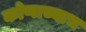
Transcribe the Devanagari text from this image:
कोणाच्याच